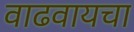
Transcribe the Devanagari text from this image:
वाढवायचा